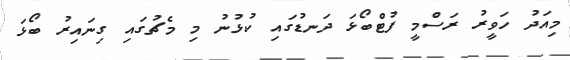
މިއަދު ހަވީރު ރަސްމީ ފުޓްބޯޅަ ދަނޑުގައި ކުޅުނު މި މެޗުގައި ގިނައިރު ބޯޅަ